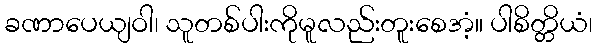
ခဏာပေယျဝါ၊ သူတစ်ပါးကိုမူလည်းတူးစေအံ့။ ပါစိတ္တိယံ၊